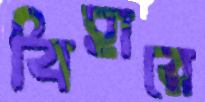
বিহারে